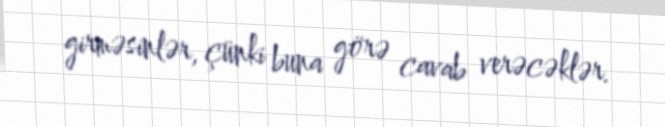
girməsinlər, çünki buna görə cavab verəcəklər.